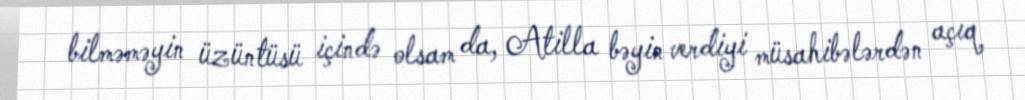
bilməməyin üzüntüsü içində olsam da, Atilla bəyin verdiyi müsahibələrdən açıq